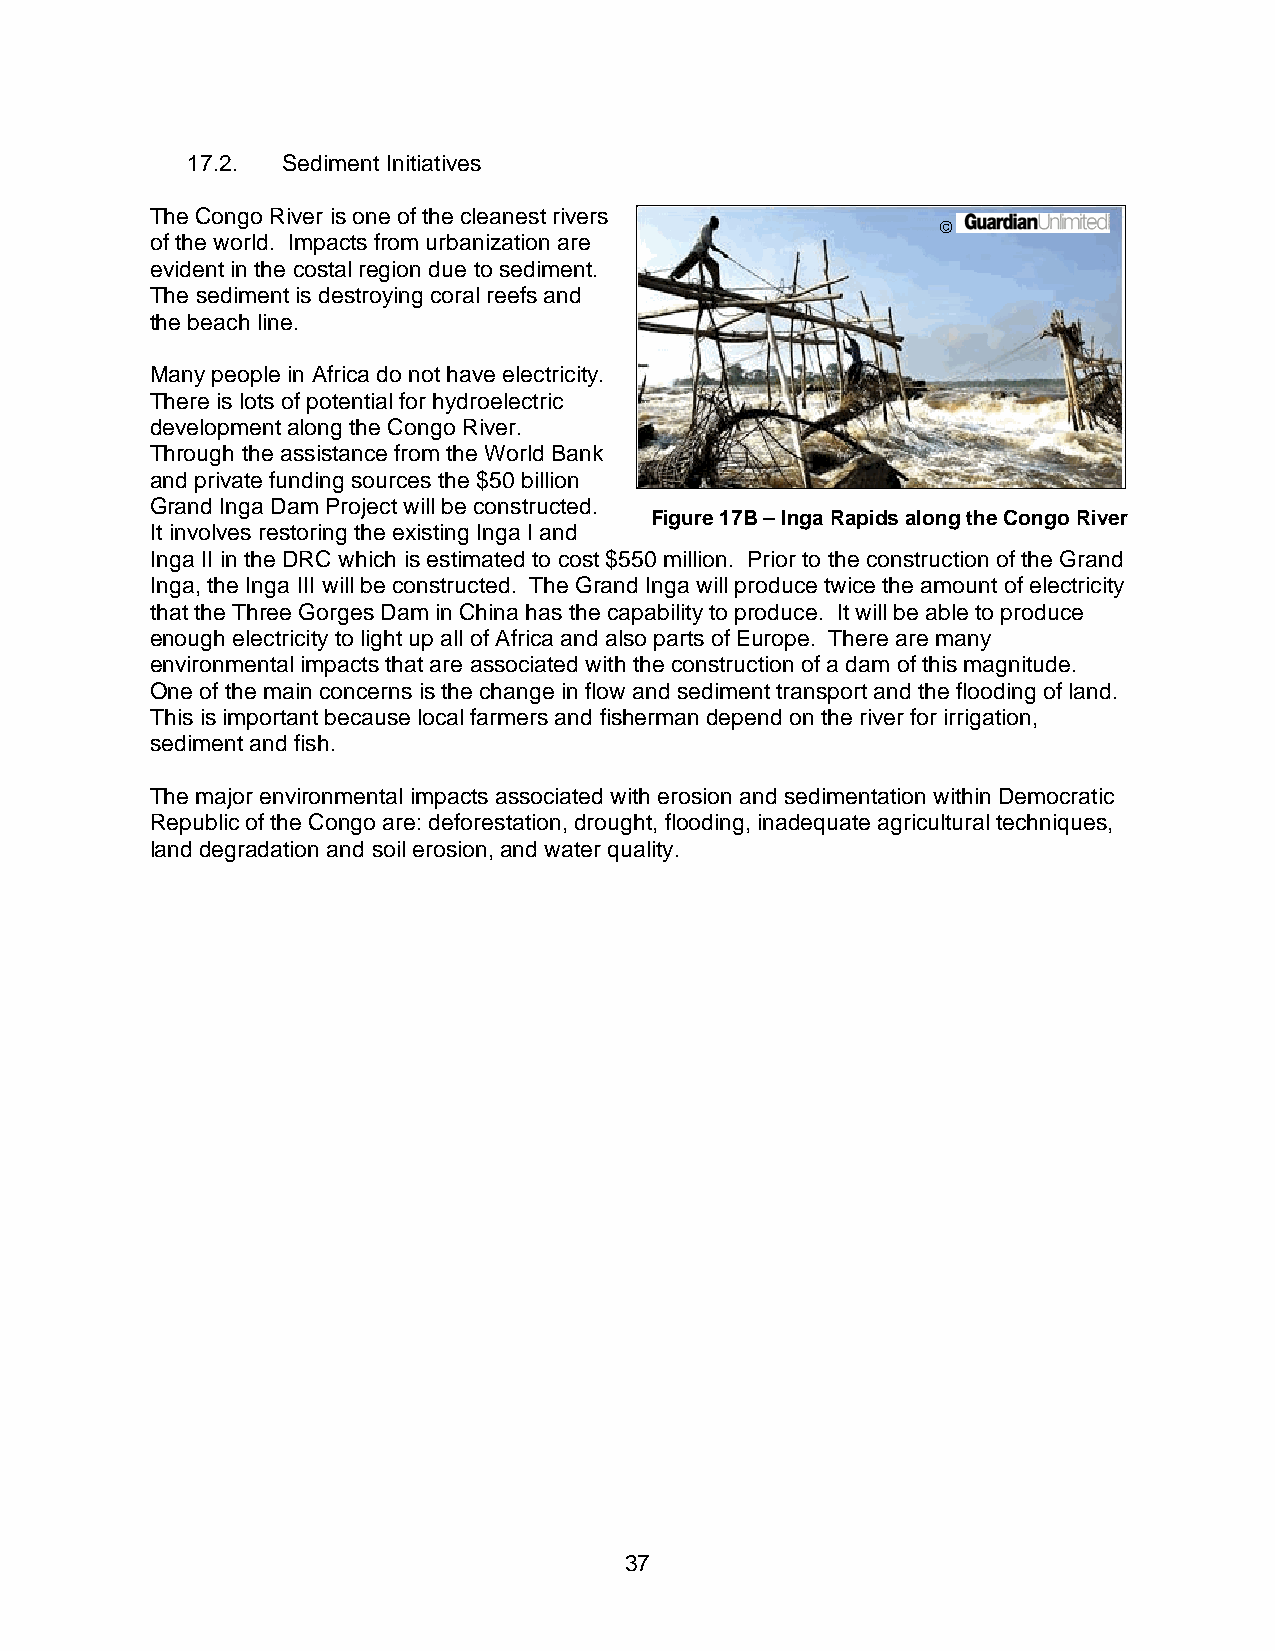
17.2.  Sediment Initiatives
 The Congo River is one of the cleanest rivers
 ©
 of the world. Impacts from urbanization are
 evident in the costal region due to sediment.
 The sediment is destroying coral reefs and
 the beach line.
 Many people in Africa do not have electricity.
 There is lots of potential for hydroelectric
 development along the Congo River.
 Through the assistance from the World Bank
 and private funding sources the $50 billion
 Grand Inga Dam Project will be constructed.
 Figure 17B – Inga Rapids along the Congo River
 It involves restoring the existing Inga I and
 Inga II in the DRC which is estimated to cost $550 million. Prior to the construction of the Grand
 Inga, the Inga III will be constructed. The Grand Inga will produce twice the amount of electricity
 that the Three Gorges Dam in China has the capability to produce. It will be able to produce
 enough electricity to light up all of Africa and also parts of Europe. There are many
 environmental impacts that are associated with the construction of a dam of this magnitude.
 One of the main concerns is the change in flow and sediment transport and the flooding of land.
 This is important because local farmers and fisherman depend on the river for irrigation,
 sediment and fish.
 The major environmental impacts associated with erosion and sedimentation within Democratic
 Republic of the Congo are: deforestation, drought, flooding, inadequate agricultural techniques,
 land degradation and soil erosion, and water quality.
 37